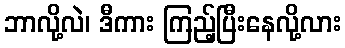
ဘာလို့လဲ၊ ဒီကား ကြည့်ပြီးနေလို့လား